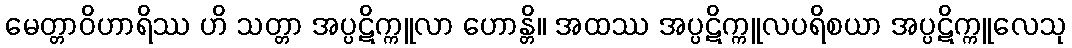
မေတ္တာဝိဟာရိဿ ဟိ သတ္တာ အပ္ပဋိက္ကူလာ ဟောန္တိ။ အထဿ အပ္ပဋိက္ကူလပရိစယာ အပ္ပဋိက္ကူလေသု